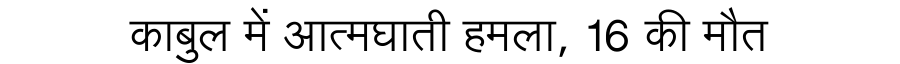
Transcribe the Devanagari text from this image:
काबुल में आत्मघाती हमला, 16 की मौत